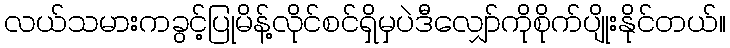
လယ်သမားကခွင့်ပြုမိန့်လိုင်စင်ရှိမှပဲဒီလျှော်ကိုစိုက်ပျိုးနိုင်တယ်။